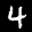
Label: 4